King Institute of Preventive Medicine Micro-Biological Section reports 1912-19
Year: 1912
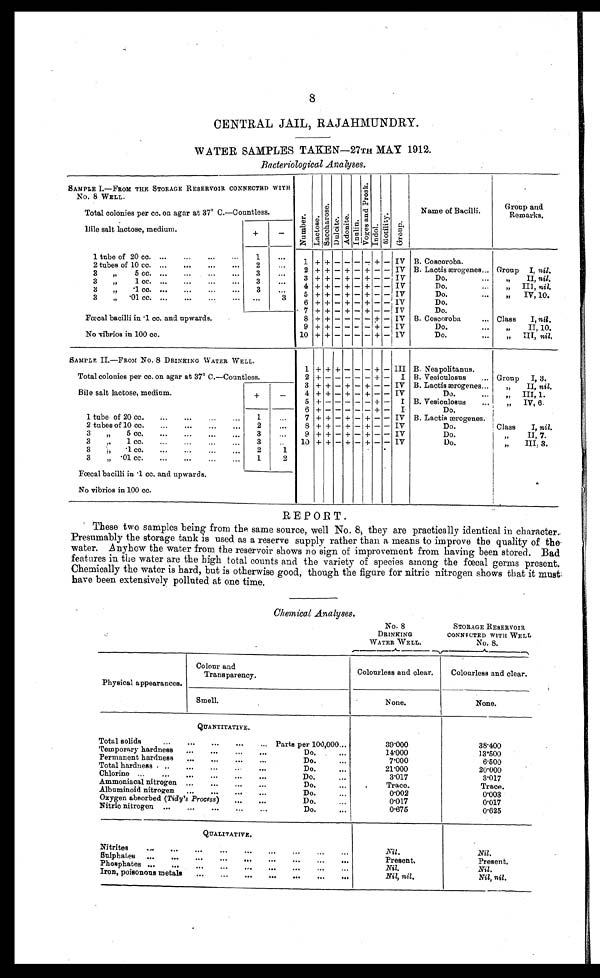
8
CENTRAL JAIL, RAJAHMUNDRY.
WATER SAMPLES TAKEN—27TH MAY 1912.
Bacteriological Analyses.
SAMPLE I.—FROM THE STORAGE RESERVOIR CONNECTED WITH
No. 8 WELL.
NumberLact oseSaccharoseDulciteAdoni t eInulin V o g e s a n d P r o s k IndolMotilityGroup
Name of Bacilli.
Group and
Remarks.
Total colonies per cc. on agar at 37° C.—Countless.
+
-
Bile salt lactose, medium.
1 tube of 20 cc.
1
1 + +
- - - -
+
-
IV B. Coscoroba.
2 tubes of 10 cc.
2
2 + +
-
+
-
+
- -
IV B. Lactis ærogenes
Group I, nil.
3 „ 5. cc.
3
3 + +
-
+
-
+
- -
IV
Do.
„ II, nil.
3 „ 1 cc.
3
4
+ +
-
+
-
+
- -
IV
Do.
„ III, nil.
3 „ ·1 cc.
3
5 + +
-
+
-
+
- -
IV
Do.
„ IV, 10.
3 „ ·01 cc.
3
6 + +
-
+
-
+
- -
IV
Do.
7 + +
-
+
-
+
- -
IV
Do.
Fœcal bacilli in ·1 cc. and upwards.
8 + +
- - - -
+
-
IV B. Coscoroba
Class I, nil.
9
+ +
- - - -
+
-
IV
Do.
„ II, 10.
No vibrios in 100 cc.
10 + + -
- - -
+
-
1V
Do.
„ III, nil.
SAMPLE II.—FROM No. 8 DRINKING WATER WELL.
1 + + +
- - -
+
-
III B.Neapolitanus.
Total colonies per cc. on agar at 37° C.—Countless.
2
+
- - - - -
+
-
I B. Vesiculosus
Group I, 3.
3 + +
-
+
-
+
- -
IV B. Lactis ærogenes
„ II, nil.
Bile salt lactose, medium.
+
-
4 + +
-
+
-
+
- -
IV
Do.
„ III, 1.
5
+
- - - - -
+
-
I B. Vesiculosus
„ IV, 6.
6
+
- - - - -
+
-
I
Do.
1 tube of 20 cc.
1
7 + +
-
+
-
+
- -
IV B. Lactis ærogenes.
2 tubes of 10 cc.
2
8 + +
-
+
-
+
- -
IV
Do.
Class I, nil.
3 „ 5 cc.
3
9 + +
-
+
-
+
- -
IV
Do
„ II, 7.
3 „ 1 cc.
3
10 + +
-
+
-
+
- -
IV
Do
„ III; 3.
3 „ ·1 cc.
2
1
3 „ ·01 cc.
1
2
Fœcal bacilli in ·1 cc. and upwards.
No vibrios in 100 cc.
REPORT.
These two samples being from the same source, well No. 8; they are practically identical in character.
Presumably the storage tank is used as a reserve supply rather than a means to improve the quality of the
water. Anyhow the water from the reservoir shows no sign of improvement from having been stored. Bad
features in the water are the high total counts and the variety of species among the fœcal germs present.
Chemically the water is hard, but is otherwise good, though the figure for nitric nitrogen shows that it must.
have been extensively polluted at one time.
Chemical Analyses.
No. 8
DRINKING
WATER WELL.
STORAGE RESERVOIR
CONNECTED WITH WELL
No. 8.
Physical appearances.
Colour and
Transparency.
Colourless and clear.
Colourless and clear.
Smell.
None.
None.
QUANTITATIVE.
Total solids
Parts per 100,000
39·000
38·400
Temporary hardness
Do.
14·000
13·500
Permanent hardness
Do.
7·000
6·500
Total hardness
Do.
21·000
20·000
Chlorine
Do.
3·017
3·017
Ammoniacal nitrogen
Do.
Trace.
Trace.
Albuminoid nitrogen
Do.
0·002
0·003
Oxygen absorbed ( Tidy's Process )
Do.
0·017
0·017
Nitric nitrogen
Do.
0·675
0·625
QUALITATIVE.
Nitrites
Nil.
Nil.
Sulphates
Present.
Present.
Phosphates
Nil.
Nil.
Iron, poisonous metals
Nil, nil.
Nil, nil.